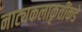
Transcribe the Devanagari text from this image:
नाट्यकलाकृतींकडे